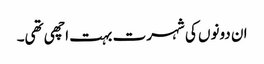
ان دونوں کی شہرت بہت اچھی تھی۔